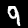
Digit: 9